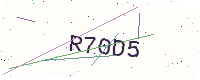
Text: R70D5